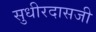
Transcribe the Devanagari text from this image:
सुधीरदासजी